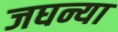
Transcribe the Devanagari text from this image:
जघन्या